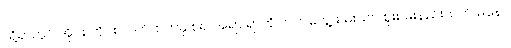
သို့ရာတွင် အိုင်စတိုင်း လက်ထက်မှ စ၍ အရာ ရာကို လက်တွေ့ စမ်းသပ် စူးစမ်းနည်းထက် မနော